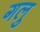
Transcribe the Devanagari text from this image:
गलु